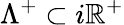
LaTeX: \Lambda^{+}\subset i\mathbb{R}^{+}